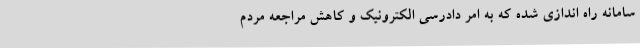
سامانه راه اندازی شده که به امر دادرسی الکترونیک و کاهش مراجعه مردم